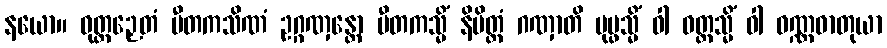
နယော။ ဝုတ္တဉှေတံ ပီတကသိဏံ ဥဂ္ဂဏှန္တော ပီတကသ္မိံ နိမိတ္တံ ဂဏှာတိ ပုပ္ဖသ္မိံ ဝါ ဝတ္ထသ္မိံ ဝါ ဝဏ္ဏဓာတုယာ